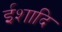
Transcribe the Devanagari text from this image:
ईशादि